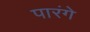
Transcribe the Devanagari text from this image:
पारंगे